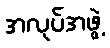
အလုပ်အဖွဲ့